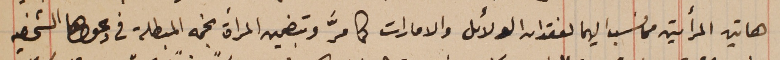
هاتين المرأتين من نسب اليهما لفقدان الدلائل والامارات كما مرَّ وبتضمين المرأة نجمه المبطلة في دعواها الشخصيه